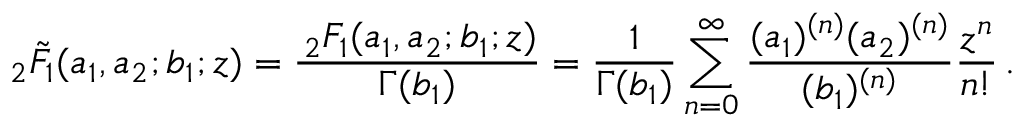
_ 2 \tilde { F } _ { 1 } ( a _ { 1 } , a _ { 2 } ; b _ { 1 } ; z ) = \frac { \, _ { 2 } F _ { 1 } ( a _ { 1 } , a _ { 2 } ; b _ { 1 } ; z ) } { \Gamma ( b _ { 1 } ) } = \frac { 1 } { \Gamma ( b _ { 1 } ) } \sum _ { n = 0 } ^ { \infty } \frac { ( a _ { 1 } ) ^ { ( n ) } ( a _ { 2 } ) ^ { ( n ) } } { ( b _ { 1 } ) ^ { ( n ) } } \frac { z ^ { n } } { n ! } \, .